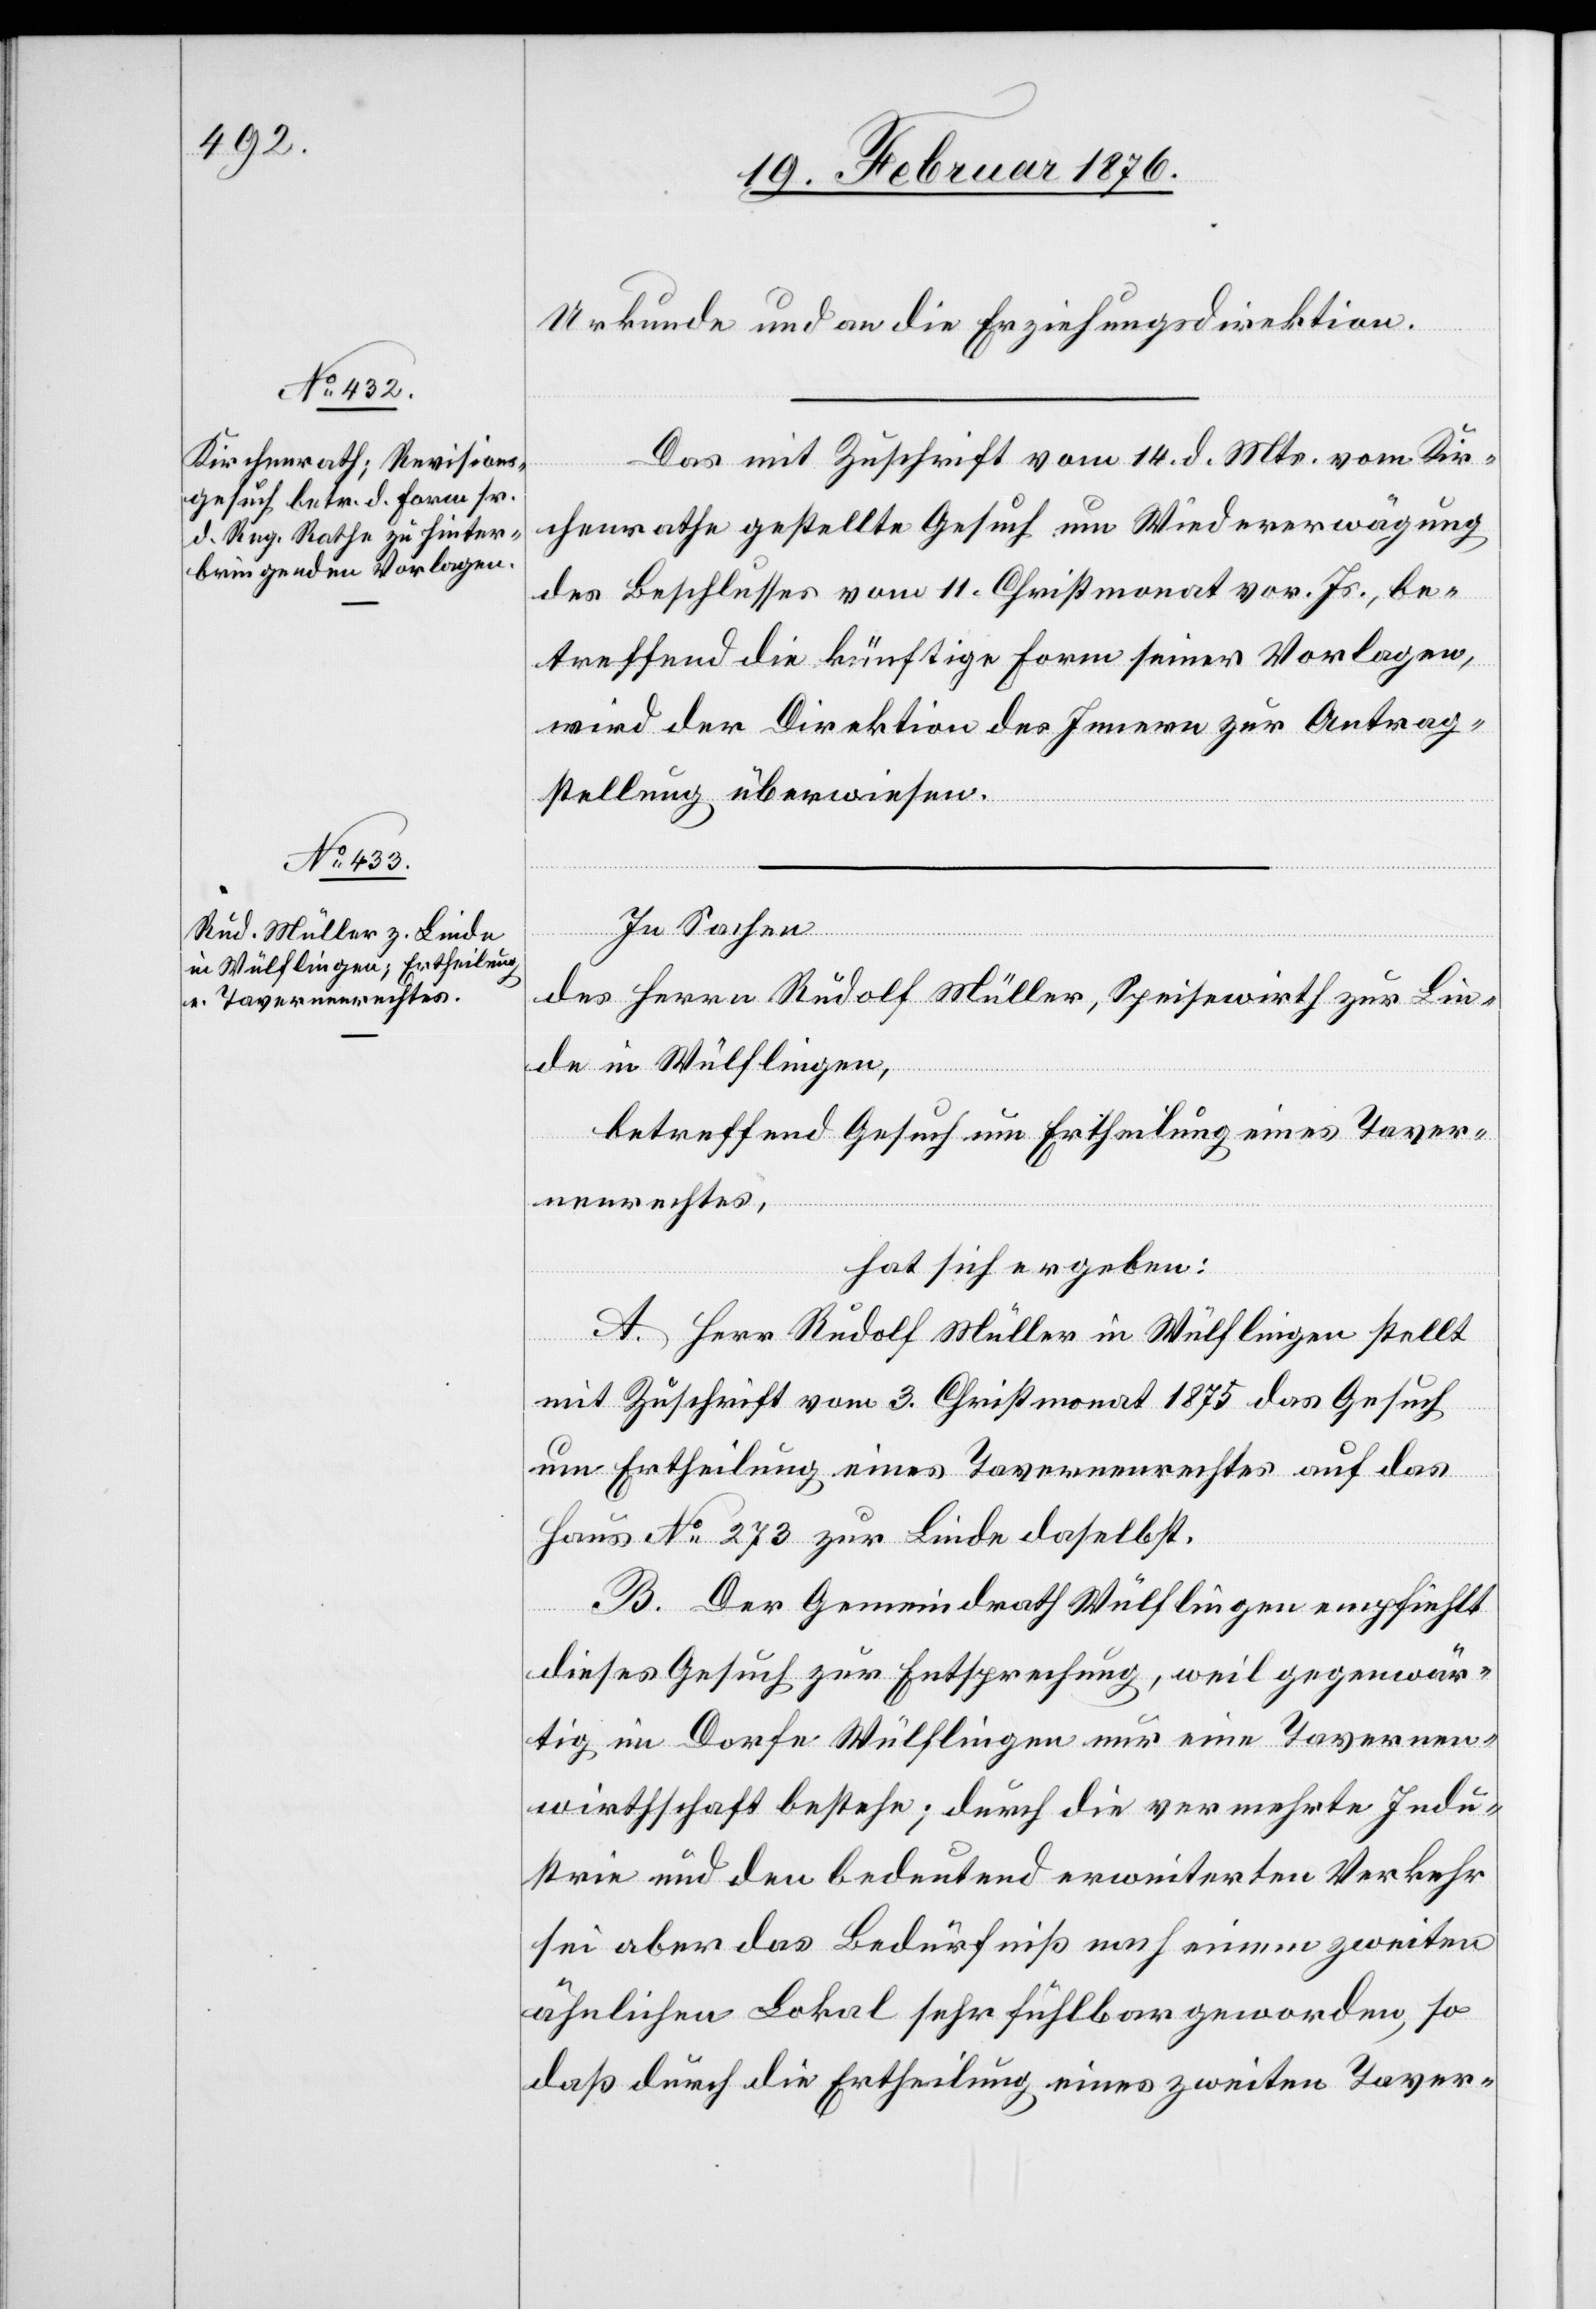
Urkunde und an die Erziehungsdirektion.
Das mit Zuschrift vom 14. d. Mts. vom Kir¬
chenrathe gestellte Gesuch um Wiedererwägung
des Beschlusses vom 11. Christmonat vor. Js., be¬
treffend die künftige Form seiner Vorlagen,
wird der Direktion des Innern zur Antrag¬
stellung überwiesen.
In Sachen
des Herrn Rudolf Müller, Speisewirth zur Lin¬
de in Wülflingen,
betreffend Gesuch um Ertheilung eines Taver¬
nenrechtes,
hat sich ergeben:
A. Herr Rudolf Müller in Wülflingen stellt
mit Zuschrift vom 3. Christmonat 1875 das Gesuch
um Ertheilung eines Tavernenrechtes auf das
Haus N0 273 zur Linde daselbst.
B. Der Gemeindrath Wülflingen empfiehlt
dieses Gesuch zur Entsprechung, weil gegenwär¬
tig im Dorfe Wülflingen nur eine Tavernen¬
wirthschaft bestehe; durch die vermehrte Indu¬
strie und den bedeutend erweiterten Verkehr
sei aber das Bedürfnis nach einem zweiten
ähnlichen Lokal sehr fühlbar geworden, so
daß durch die Ertheilung eines zweiten Taver-